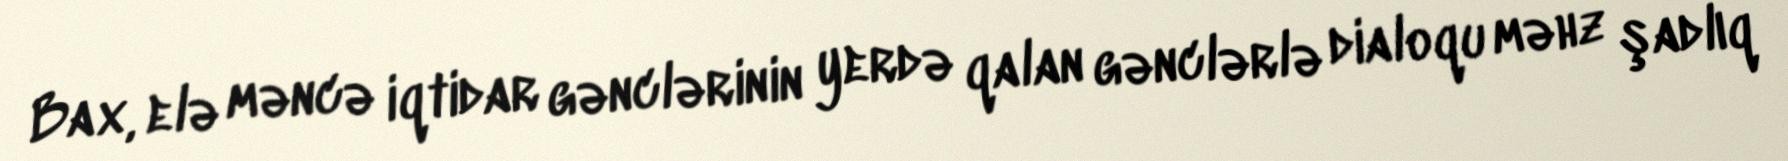
Bax, elə məncə iqtidar gənclərinin yerdə qalan gənclərlə dialoqu məhz şadlıq